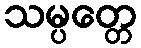
သမ္ပတ္တေ